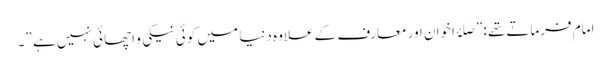
امام فرماتے تھے :”صلۂ اخوان اور معارف کے علاوہ دنیا میں کو ئی نیکی و اچھا ئی نہیں ہے ”۔